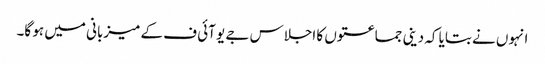
انہوں نے بتایا کہ دینی جماعتوں کا اجلاس جے یو آئی ف کے میزبانی میں ہو گا۔